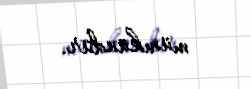
mümkündür.